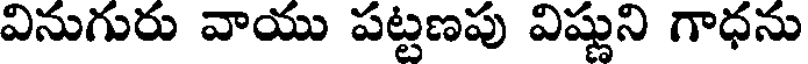
వినుగురు వాయు పట్టణపు విష్ణుని గాధను